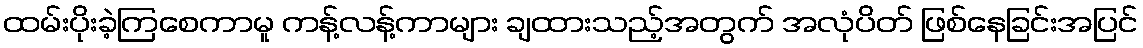
ထမ်းပိုးခဲ့ကြစေကာမူ ကန့်လန့်ကာများ ချထားသည့်အတွက် အလုံပိတ် ဖြစ်နေခြင်းအပြင်